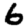
Digit: 6